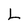
Character: L